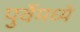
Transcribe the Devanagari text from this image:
पुर्वेमध्ये